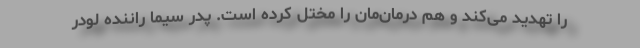
را تهدید می‌کند و هم درمان‌مان را مختل کرده است. پدر سیما راننده لودر